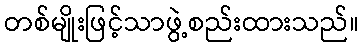
တစ်မျိုးဖြင့်သာဖွဲ့စည်းထားသည်။